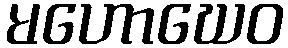
မဟောဃေဝ